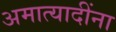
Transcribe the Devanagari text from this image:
अमात्यादींना